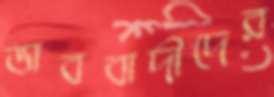
ভাববাদীদের